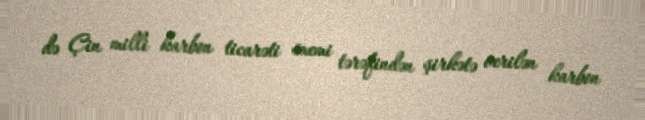
də Çin milli karbon ticarəti sxemi tərəfindən şirkətə verilən karbon